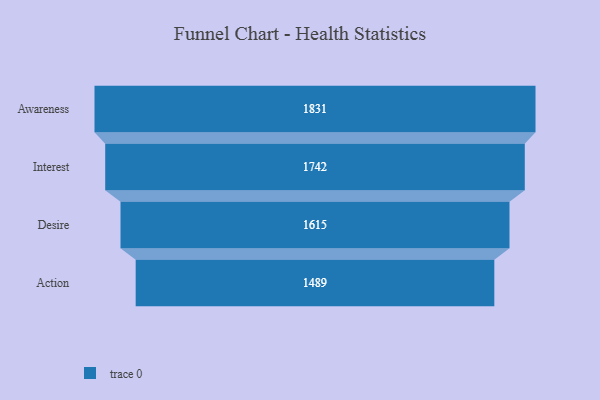
{"axis": {"x": "Stage", "y": "Value"}, "legend": [""], "data": [{"x": "Awareness", "y": 1831.0, "type": ""}, {"x": "Interest", "y": 1742.0, "type": ""}, {"x": "Desire", "y": 1615.0, "type": ""}, {"x": "Action", "y": 1489.0, "type": ""}]}